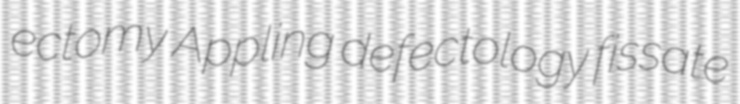
ectomy Appling defectology fissate